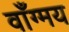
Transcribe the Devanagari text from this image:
वाँग्मय